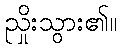
ညှိုးသွား၏။